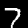
Digit: 7